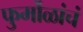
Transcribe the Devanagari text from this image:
फुर्मोळांचं